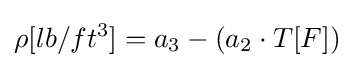
\rho [lb/ft^{3}]=a_{3}-(a_{2}\cdot T[F])